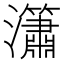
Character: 𤄙